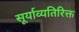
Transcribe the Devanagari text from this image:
सूर्याव्यतिरिक्त